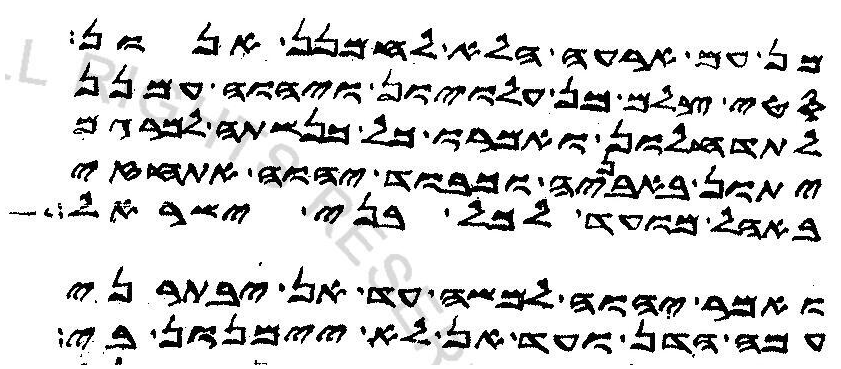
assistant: מן עם ארעה הלא לחמנן אנון
סטי צלם מן עלויון ויהוה עמנן
לתדחלון ואמרו כל כנשתה למרגם
יתון באבניה וכבוד יהוה אתחזי
באהל מועד לכל בני ישראל
ואמר יהוה למשה עד אן יבתרני
עמה הדן ועד אן לא יימנון בי